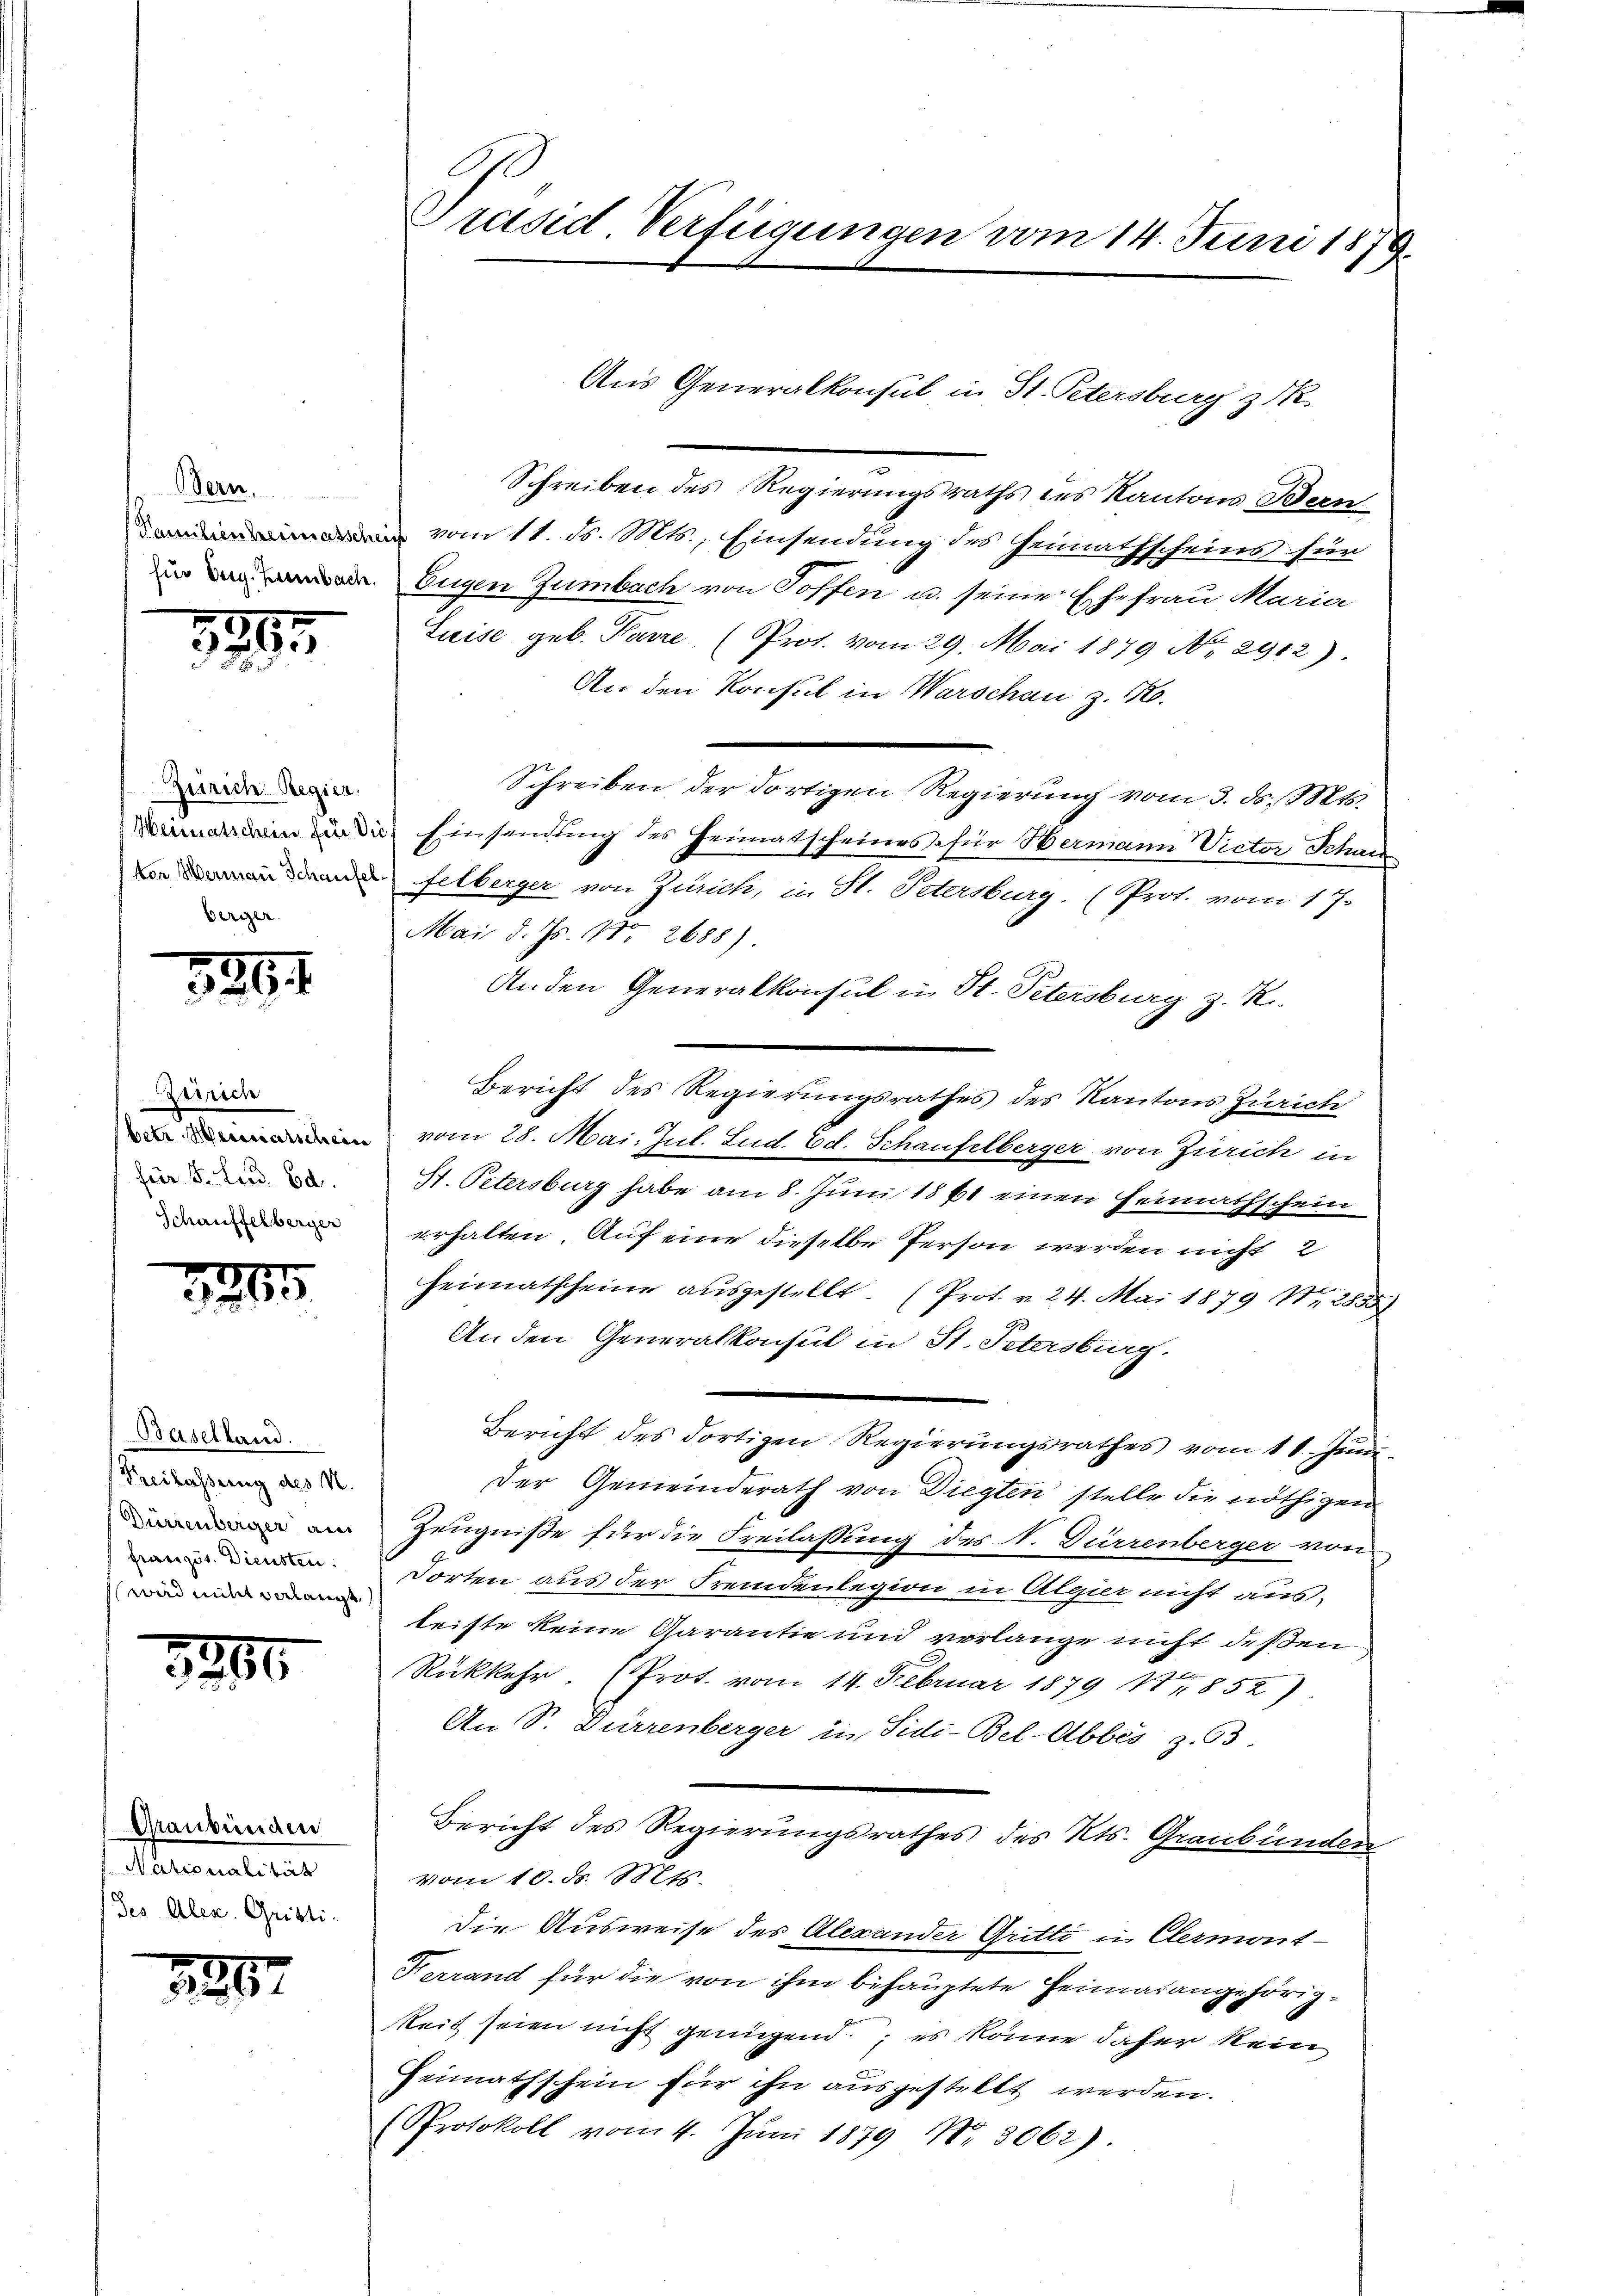
Bern,
für Eug. Heimbach.

389

Zürich Regier.
Heimatschein für die
(von Hermann Schaufel
berger.

329

Zerrich
betr. Heimatschein
für 5. Lud. 60.
Schauffelberger

3211

Baselland.
(Freilassung des N.
Dürrenberger an
französ. Diensten.
wird mitt verlangt,

125

Graubünden
ationalität
Jes. Alex. Gristi-

286.

Präsid. Verfügungen vom 14. Juni 1879.

Schreiben des Regierungsraths des Kantons Bern
 vom 11. d. Mts., Einsendung des Heimathscheins für
Eugen Zumbach von Toffen u. seine Ehefrau Maria
Suise geb. Parre (Prot. vom 29. Mai 1879 No 2912)
An den Konsul in Warschau z. B.
Schreiben der dortigen Regierung vom 3. ds. Mts.
& Einsendung des Heimatscheines für Hermann Victor Schaus
felberger von Zürich, in St. Petersburg. (Prot. vom 17.
Mai d. Js. No 2688)
Anden Generalkonsul in St. Petersburg z. R.
Bericht des Regierungsrathes des Kantons Zürich
vom 28. Mai. Jul. Lud. Ed. Schaufelberger von Zürich in
St. Petersburg habe am 8. Juni 1861 einen Heimathschein
erhalten. Auf eine dieselbe Person werden nicht 2
Heimatscheine aŭsgestellt. (Prot. v. 24. Mai 1879 Nr. 2855)
An den Generalkonsul in St. Petersburg.
Bericht des dortigen Regierŭngsrathes vom 11. Jŭni
Der Gemeinderath von Diegten stelle die nöthigen
Zeugniße für die Freilassung des N. Dürrenberger von
Dorten aus der Fremdenlegion in Algier nicht ausleiste keine Garantie und verlange nicht deßen
Rückkehr. (Prot. vom 14. Februar 1879 No 852)
An Sr. Dürrenberger in Sidi-Bel-Abbes z. 63.
Bericht des Regierungsrathes des Kts. Graubünden
vom 10. d. 115.
die Ausweise des Alexander Gritte in Clermont-
Ferrand für die von ihm behauptete Heimatangehörigkeit seien nicht genügend; es könne daher kein
Heimathschein für ihn ausgestellt werden.
(Protokoll vom 4. Juni 1879 Nr. 3062)

Aus Generalkonsul in St. Petersburg z. R.